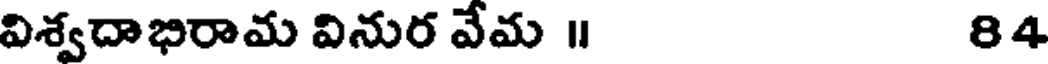
విశ్వదాభిరామ వినుర వేమ ॥ 84